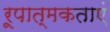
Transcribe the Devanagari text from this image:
रूपात्मकताएं